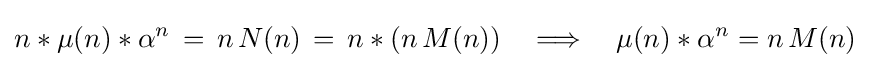
n*\mu (n)*\alpha ^{n}\,=\,n\,N(n)\,=\,n*(n\,M(n))\quad \Longrightarrow \quad \mu (n)*\alpha ^{n}=n\,M(n)